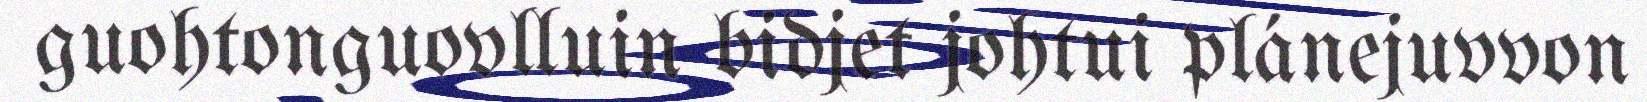
guohtonguovlluin bidjet johtui plánejuvvon